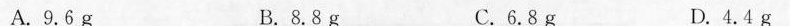
A.9.6g B.8.8g C.6.8g D.4.4g